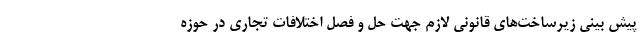
پیش بینی زیرساخت‌های قانونی لازم جهت حل و فصل اختلافات تجاری در حوزه